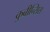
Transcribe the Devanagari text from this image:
कुबीन्सिस